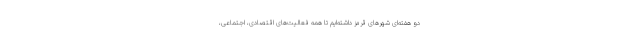
دو هفته‌ای شهرهای قرمز داشته‌ایم تا همه فعالیت‌های اقتصادی، اجتماعی،